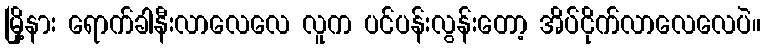
မြို့နား ရောက်ခါနီးလာလေလေ လူက ပင်ပန်းလွန်းတော့ အိပ်ငိုက်လာလေလေပဲ။